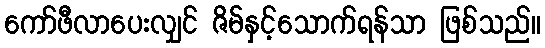
ကော်ဖီလာပေးလျှင် ဇိမ်နှင့်သောက်ရန်သာ ဖြစ်သည်။